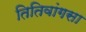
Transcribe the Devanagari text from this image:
तितिवांगसा